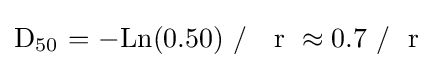
{\mathrm {D} {\vphantom {A}}_{\smash[{t}]{50}}\ {=}\ {-}\mathrm {Ln} (0.50)\ /~\ ~\mathrm {r} \ {}\approx {}0.7\ /~\ \mathrm {r} }